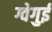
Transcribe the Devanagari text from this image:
ग्वेगुई